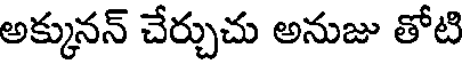
అక్కునన్ చేర్చుచు అనుజు తోటి